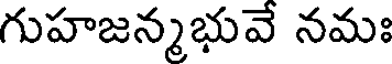
గుహజన్మభువే నమః